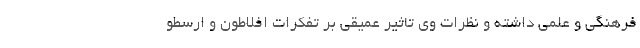
فرهنگی و علمی داشته و نظرات وی تاثیر عمیقی بر تفکرات افلاطون و ارسطو